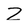
Character: Z